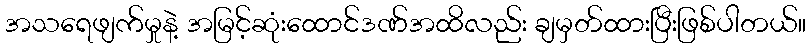
အသရေဖျက်မှုနဲ့ အမြင့်ဆုံးထောင်ဒဏ်အထိလည်း ချမှတ်ထားပြီးဖြစ်ပါတယ်။